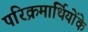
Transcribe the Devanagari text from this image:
परिक्रमार्थियोंके